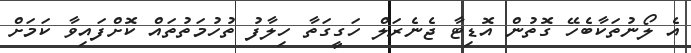
އެ ލޯނުތަކާބެހޭ ގޮތުން އޮޑިޓާ ޖެނެރަލް ހަގީގަތާ ހިލާފު ތުހުމަތުތައް ކޮށްފައިވާ ކަމަށް